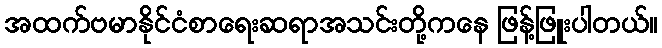
အထက်ဗမာနိုင်ငံစာရေးဆရာအသင်းတို့ကနေ ဖြန့်ဖြူးပါတယ်။